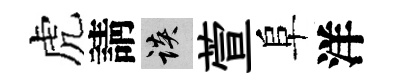
虎請談萱阜洋